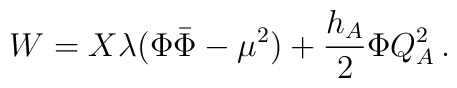
W = X\lambda(\Phi\bar{\Phi} - \mu^2) + {h_A\over 2}\Phi Q_A^2\, .